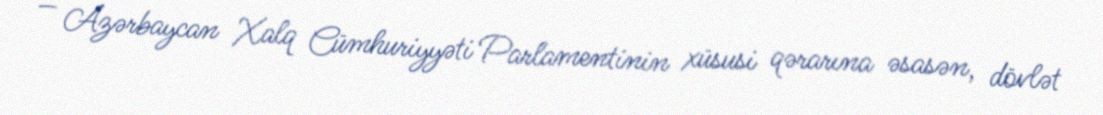
— Azərbaycan Xalq Cümhuriyyəti Parlamentinin xüsusi qərarına əsasən, dövlət